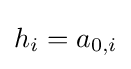
h_{i}=a_{0,i}